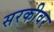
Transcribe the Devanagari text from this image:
सरकीवर